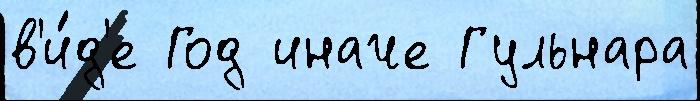
в'и́д'е Год иначе Гульнара